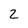
Character: 2